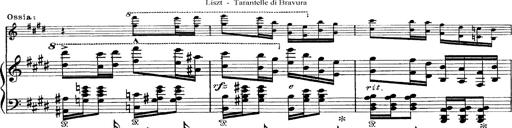
Title: Tarantelle di bravura dâ€™aprÃ¨s la tarantelle de La muette de Portici
Composer: Franz Liszt